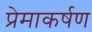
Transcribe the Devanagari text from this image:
प्रेमाकर्षण